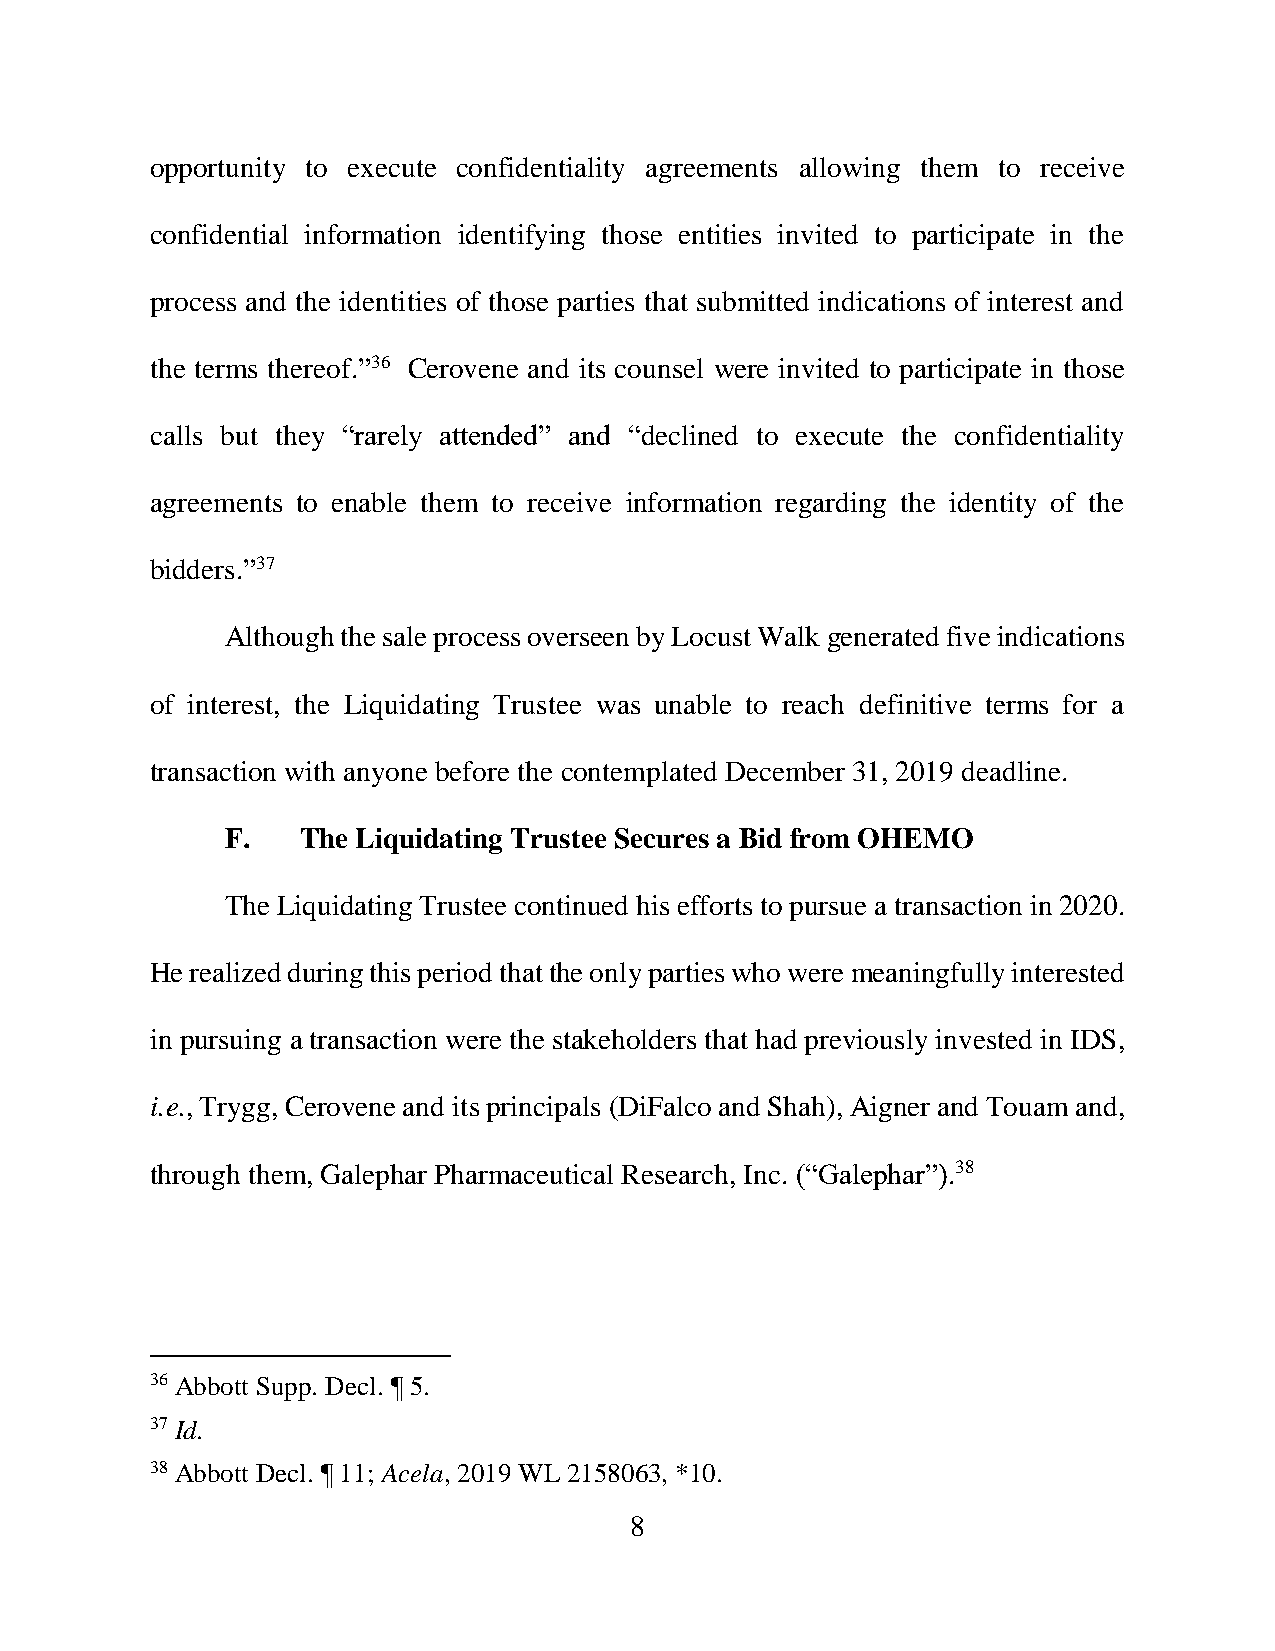
opportunity to execute confidentiality agreements allowing them to receive
 confidential information identifying those entities invited to participate in the
 process and the identities of those parties that submitted indications of interest and
 the terms thereof.”36 Cerovene and its counsel were invited to participate in those
 calls but they “rarely attended” and “declined to execute the confidentiality
 agreements to enable them to receive information regarding the identity of the
 bidders.”37
 Although the sale process overseen by Locust Walk generated five indications
 of interest, the Liquidating Trustee was unable to reach definitive terms for a
 transaction with anyone before the contemplated December 31, 2019 deadline.
 F.   The Liquidating Trustee Secures a Bid from OHEMO
 The Liquidating Trustee continued his efforts to pursue a transaction in 2020.
 He realized during this period that the only parties who were meaningfully interested
 in pursuing a transaction were the stakeholders that had previously invested in IDS,
 i.e., Trygg, Cerovene and its principals (DiFalco and Shah), Aigner and Touam and,
 through them, Galephar Pharmaceutical Research, Inc. (“Galephar”).38
 36 Abbott Supp. Decl. ¶ 5.
 37 Id.
 38 Abbott Decl. ¶ 11; Acela, 2019 WL 2158063, *10.
 8